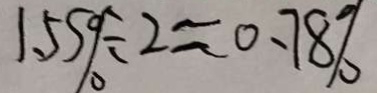
1 . 5 5 \% \div 2 \approx 0 . 7 8 \%